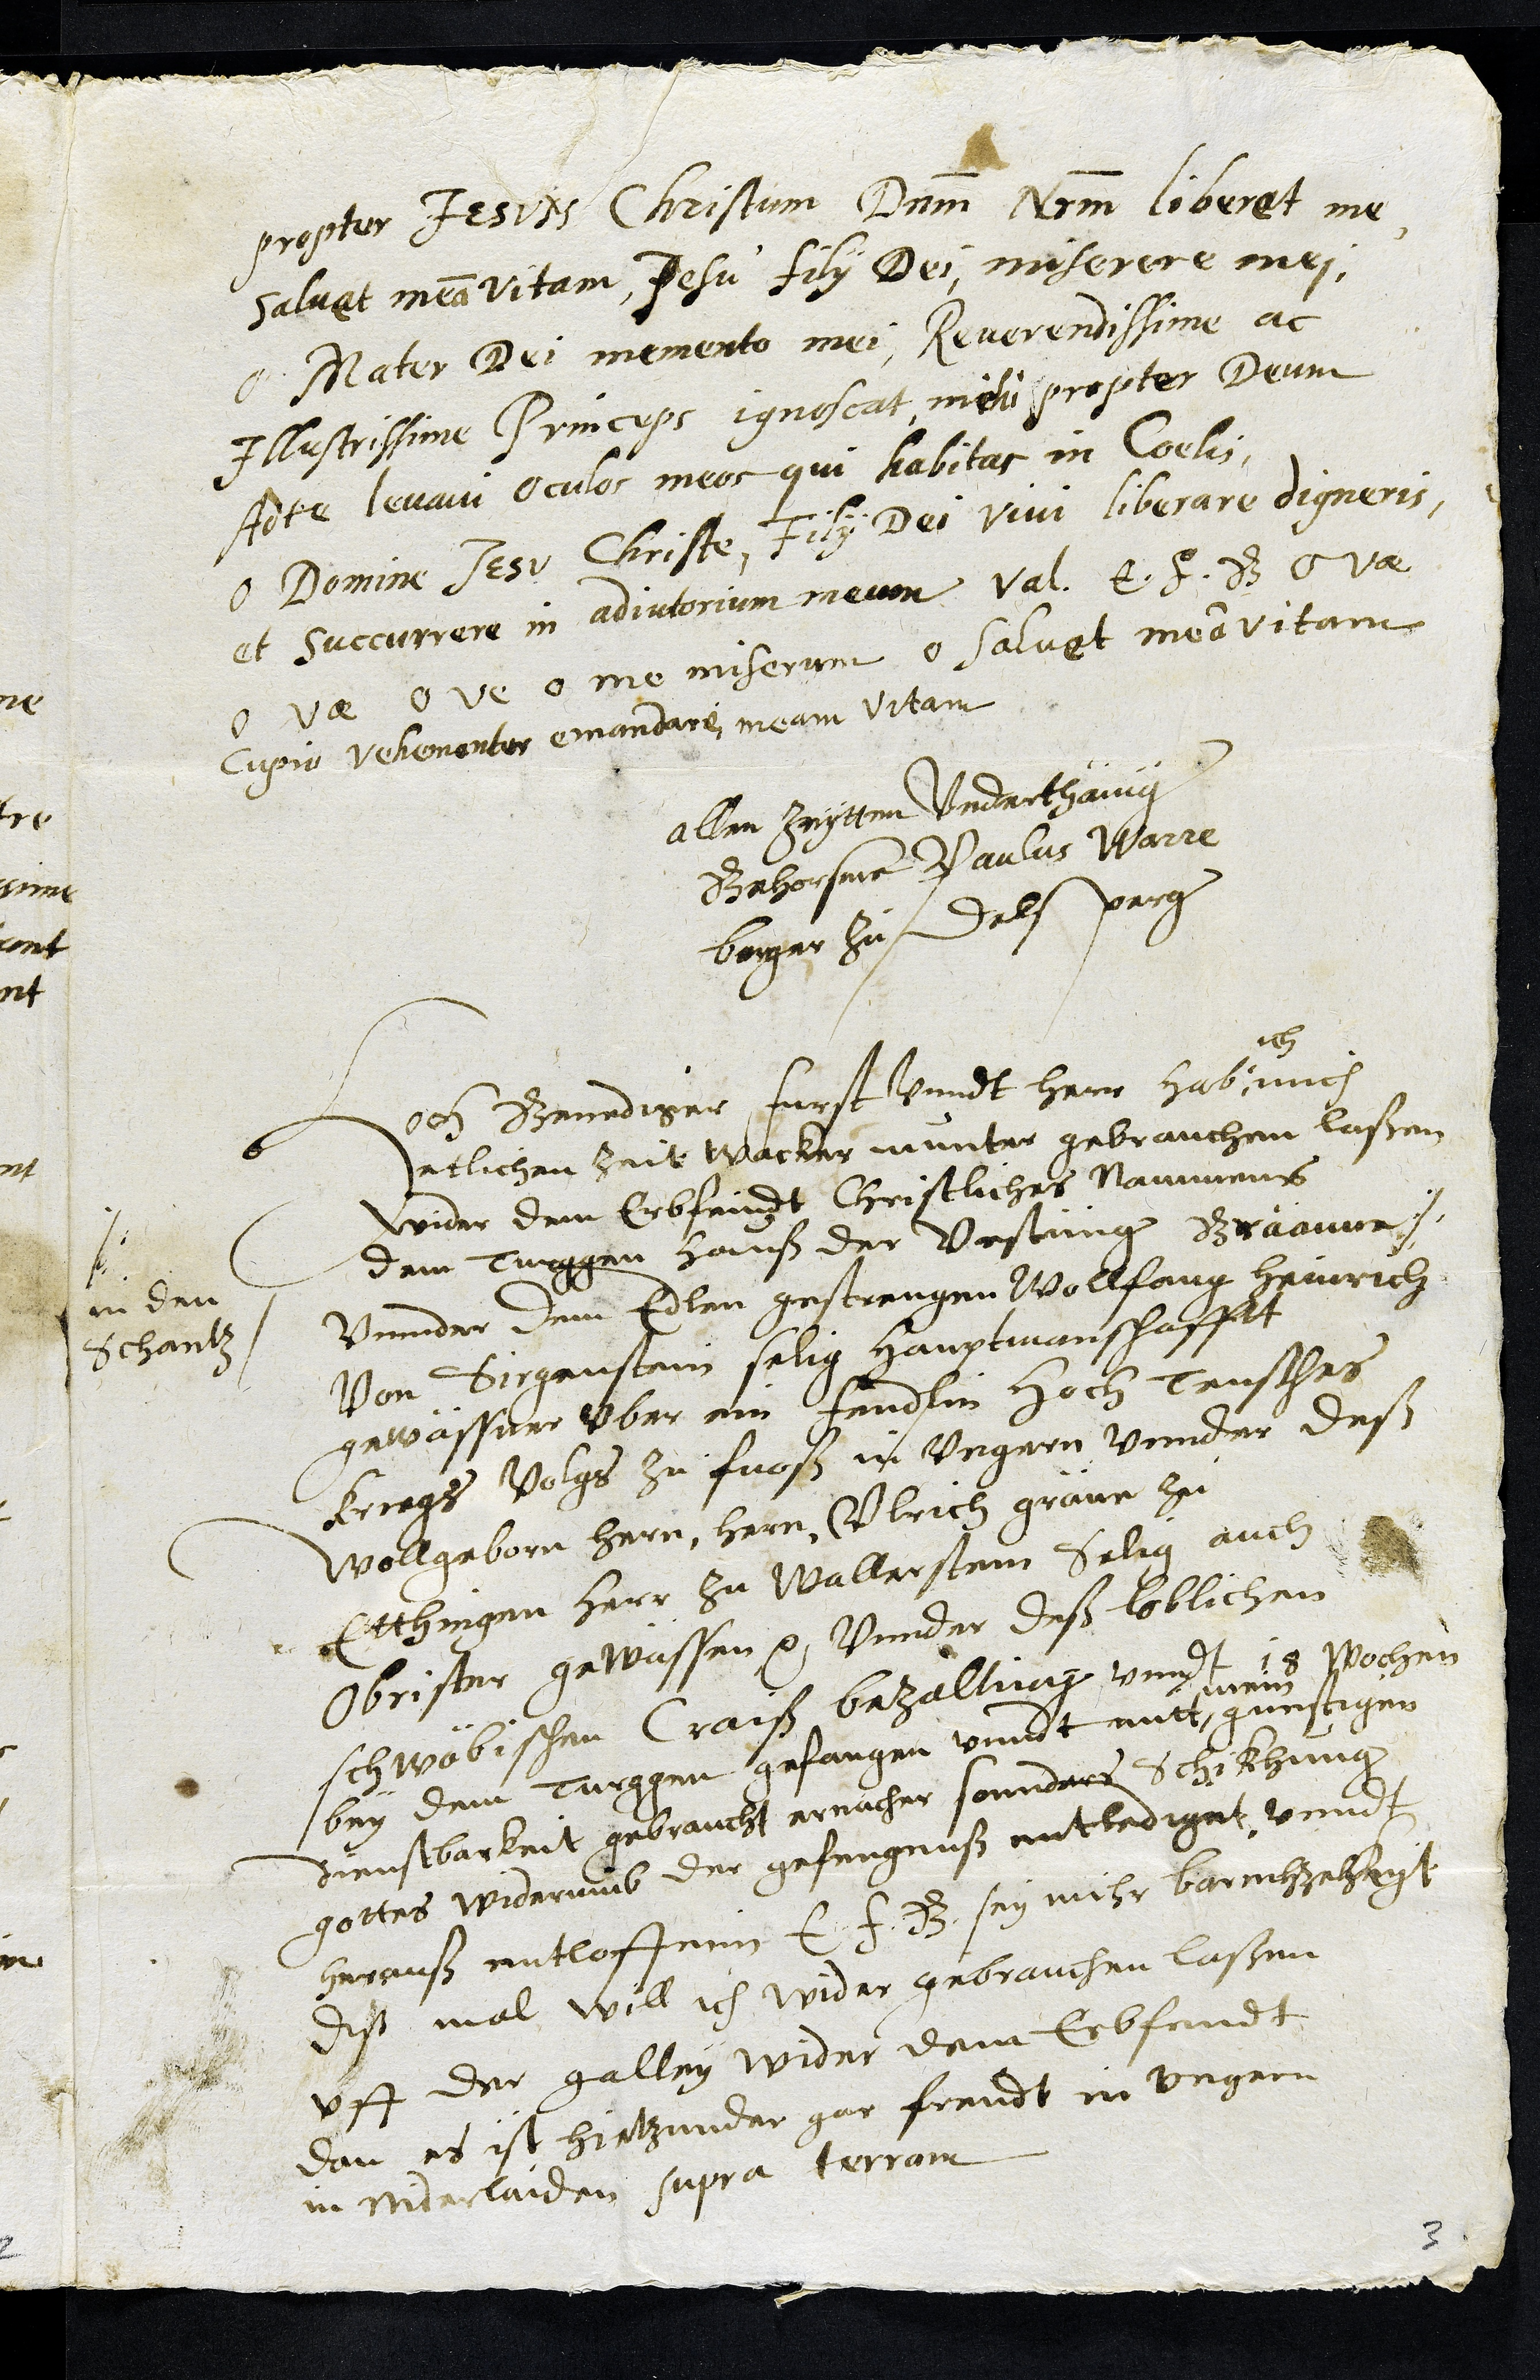
propter Jesum Christum Dnm Nrm liberat me
salvat meam vitam, Jesu filii Dei, miserere mei,
O Mater Dei memento mei, Reverendissime ac
Illustrissime Principes ignoscat mihi propter Deum
Ad te levavi oculos meos qui habitas in Coelis
O Domine Jesus Christe, Filii Dei vivi liberare digneris
et succurrere in adjutorium meum val. E. F. G. o vae
o vae ove o me miserum o salvet meam vitam
cupio vehementer emandare meam vitam
allen zaytten Vnderthänig
Gehorsame Paulus Warre
burger zu Delsperg
Hoch Gnediger furst vnndt herr hab
ich
mich
etlichen zeit wacker munter gebrauchen laßen
wider dem Erbfeindt Christliches Nammens
dem Turggen hauß der vestringen Graaven #
in den
Schantz
vnnder dem Edlen gestrengen Wollfang Heinrich
Von Sirgenstein selig hauptmanschafftt
gewässner vber ein fendlin hoch Teusches
kriegs volgs zu fuoß in Vungern vnnder deß
Wollgeborn hern, hern Vlrich gräve zu
Etthingen herr zu Wallerstein selig auch
Obrister gewässen etc. Vunnder deß loblichen
schwäbischen Craiß bezalting vnndt 18 wochen
bey dem Turggen gefangen vnndt mitt
mein
gunstigen
dienstbarkeit gebraucht ernacher sonnders schikhung
gottes widerumb der gefengnuß entlediget vnndt
herauß entloffenn E. F. G. sey mihr barmherzehkeyt
diß mal will ich wider gebrauchen laßen
vff der galley wider dem Erbeindt
dan es ist hietzunder gar fremdt in Vngarn
in Niderlanden supra terram
3